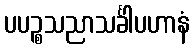
ပပဉ္စသညာသင်္ခါပဟာနံ